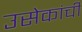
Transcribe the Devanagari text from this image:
उसेकांची